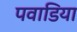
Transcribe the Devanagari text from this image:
पवाडिया